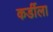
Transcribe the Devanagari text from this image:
कर्डीला